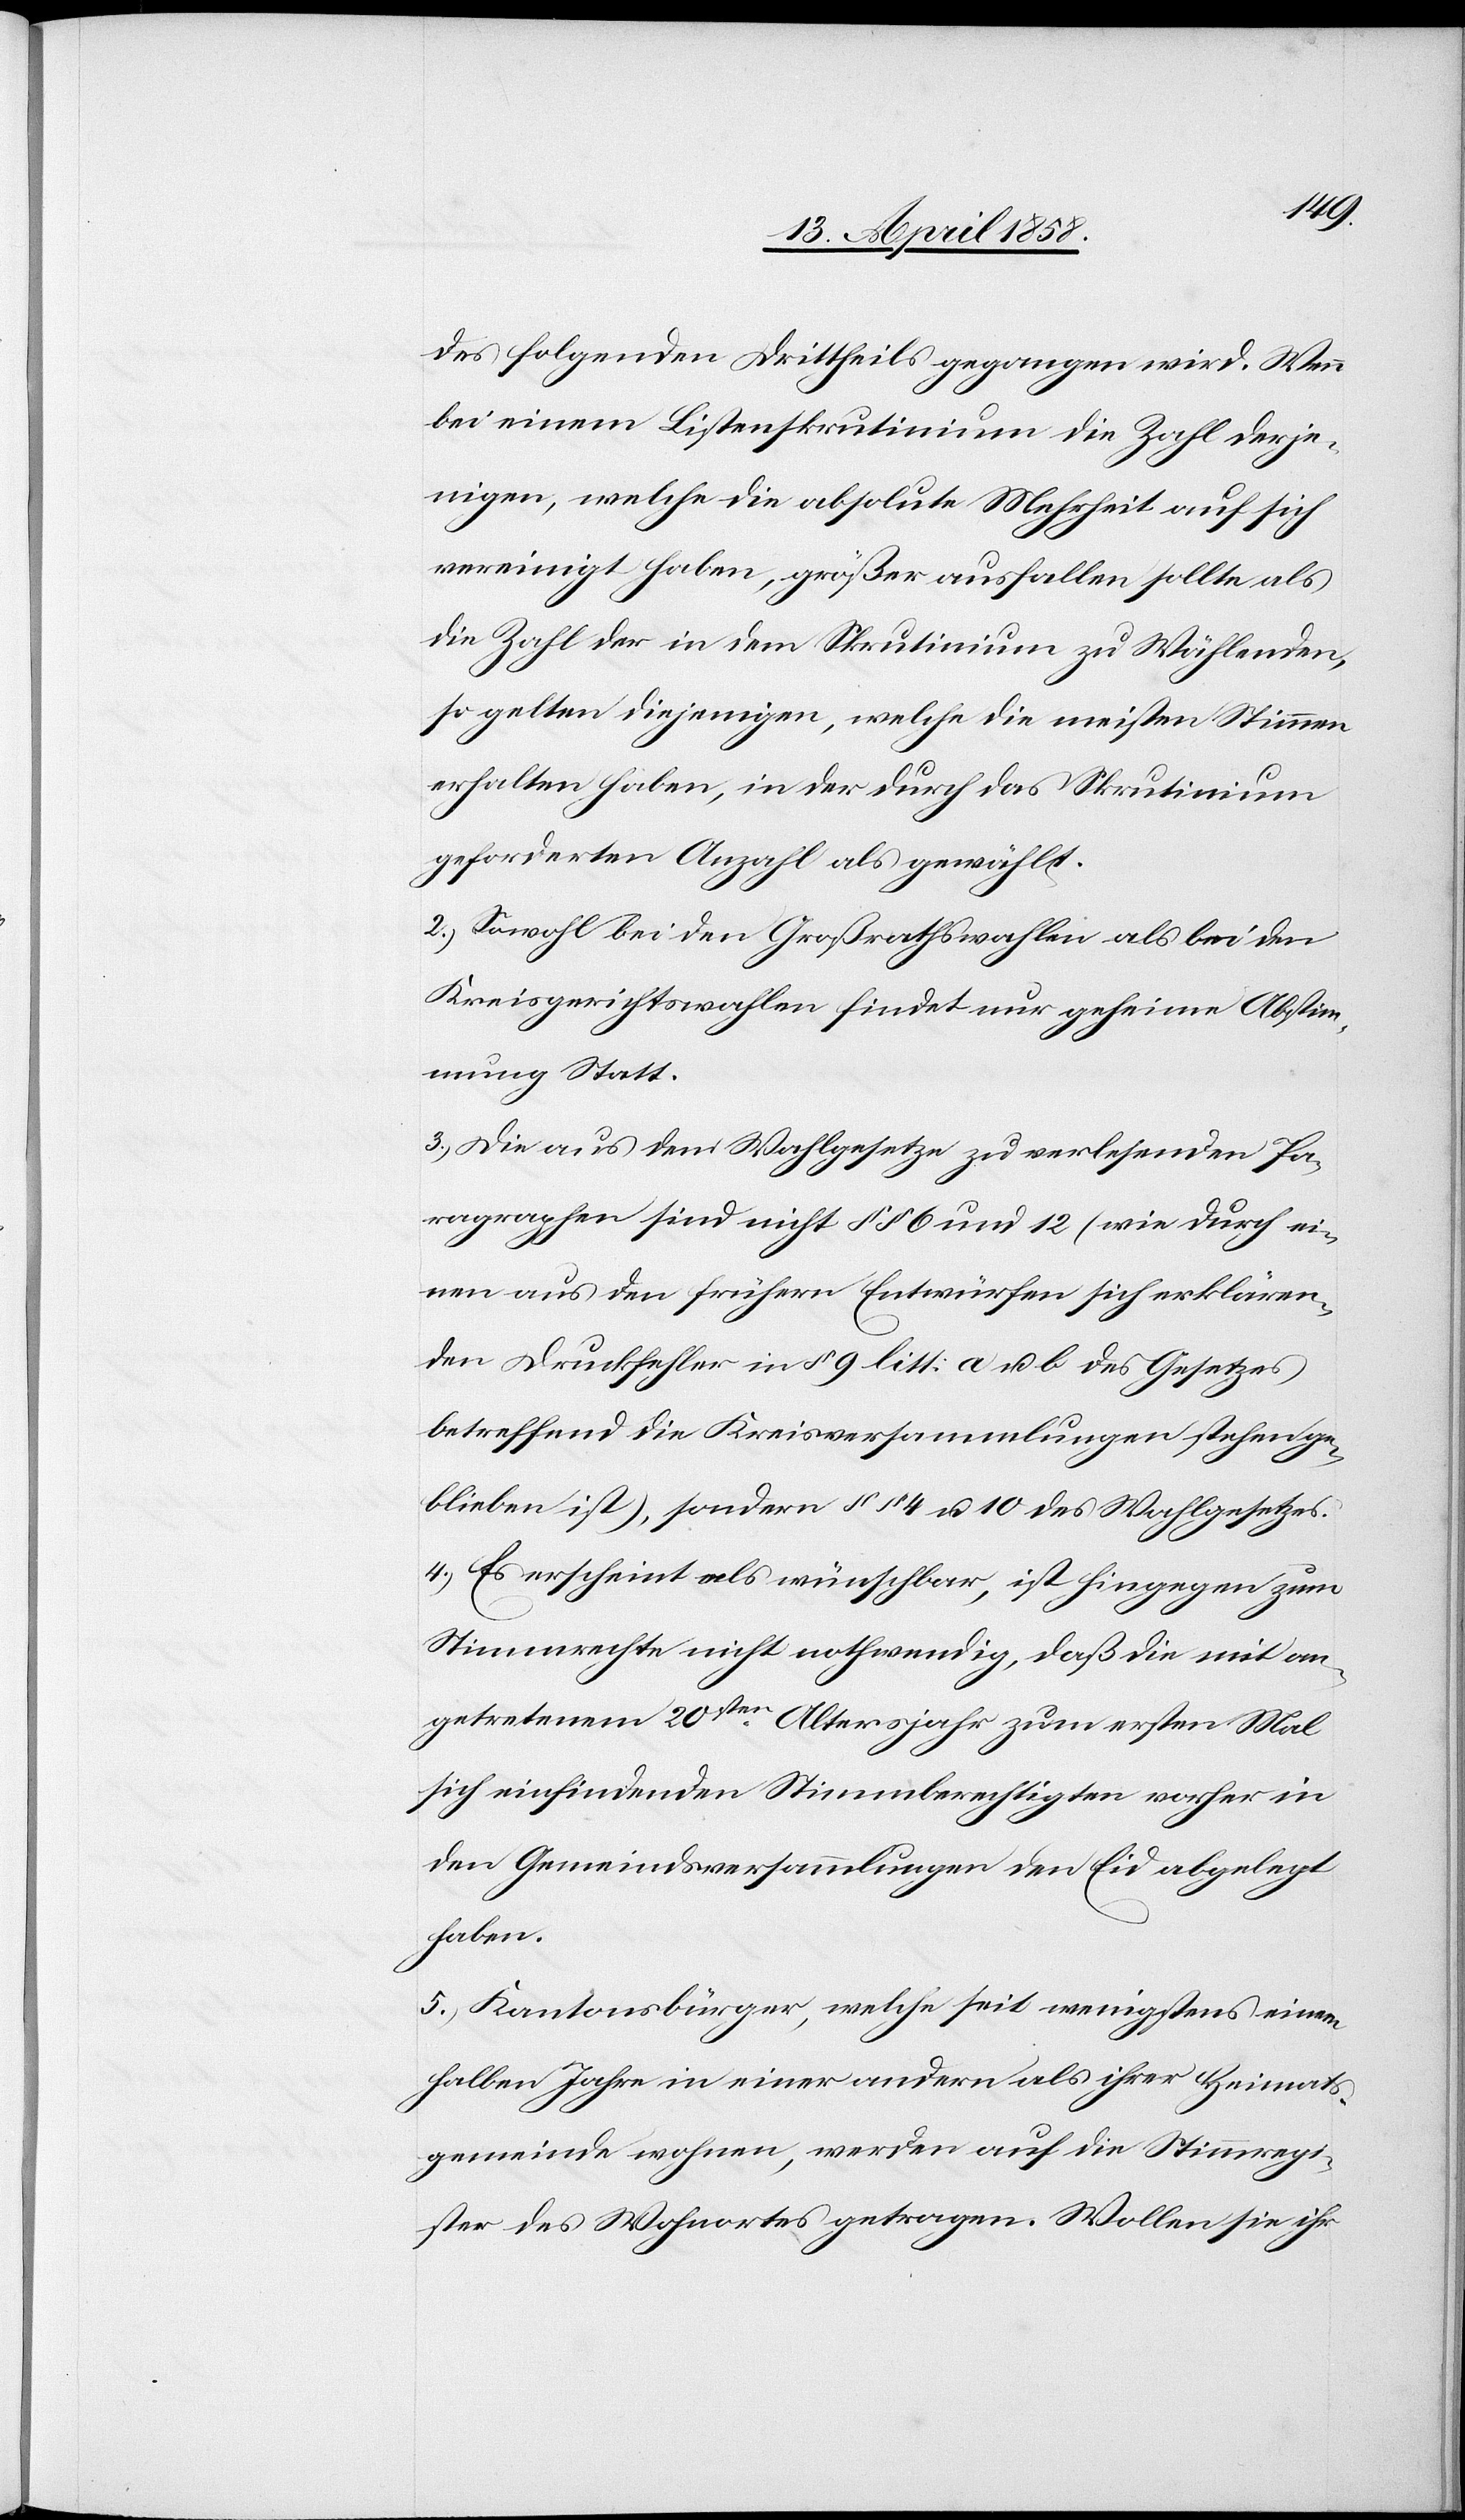
des folgenden Drittheils gegangen wird. Wenn
bei einem Listenskrutinium die Zahl derje¬
nigen, welche die absolute Mehrheit auf sich
vereinigt haben, größer ausfallen sollte als
die Zahl der in dem Skrutinium zu Wählenden,
so gelten diejenigen, welche die meisten Stimmen
erhalten haben, in der durch das Skrutinium
geforderten Anzahl als gewählt.
2. Sowohl bei den Großrathswahlen als bei den
Kreisgerichtswahlen findet nur geheime Abstim¬
mung Statt.
3. Die aus dem Wahlgesetze zu verlesenden Pa¬
ragraphen sind nicht §§ 6 und 12 (wie durch ei¬
nen aus den frühern Entwürfen sich erklären¬
den Druckfehler in § 9 litt a u. b des Gesetzes
betreffend die Kreisversammlungen stehenge¬
blieben ist), sondern §§ 4 u. 10 des Wahlgesetzes.
4. Es erscheint als wünschbar, ist hingegen zum
Stimmrechte nicht nothwendig, daß die mit an¬
getretenem 20sten Altersjahr zum ersten Mal
sich einfindenden Stimmberechtigten vorher in
den Gemeindsversammlungen den Eid abgelegt
haben.
5. Kantonsbürger, welche seit wenigstens einem
halben Jahr ein einer andern als ihrer Heimats¬
gemeinde wohnen, werden auf die Stimmregi¬
ster des Wohnortes getragen. Wollen sie ihr